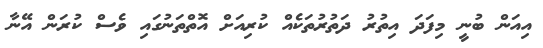
އިއަން ބުނީ މިފަދަ އިތުރު ދަތުރުތަކެއް ކުރިއަށް އޮތްތަނުގައި ވެސް ކުރަން އޭނާ